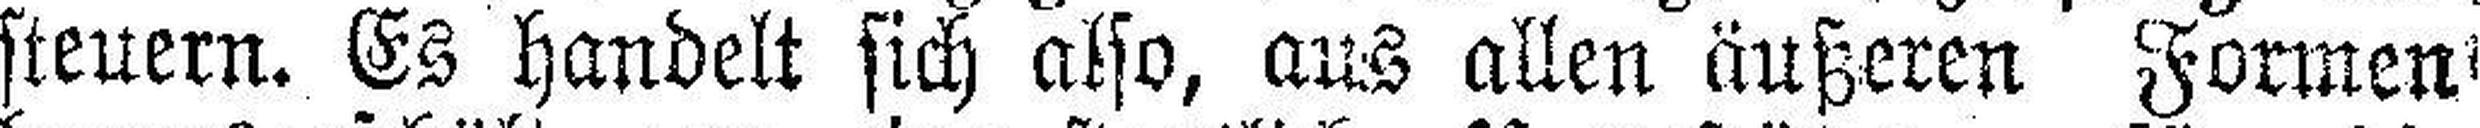
steuern. Es handelt sich also, aus allen äußeren Formen